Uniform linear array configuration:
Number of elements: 12
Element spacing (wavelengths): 0.5
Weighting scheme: blackman
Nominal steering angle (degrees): -60
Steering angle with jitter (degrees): -58.686
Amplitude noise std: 0.05
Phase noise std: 0.05

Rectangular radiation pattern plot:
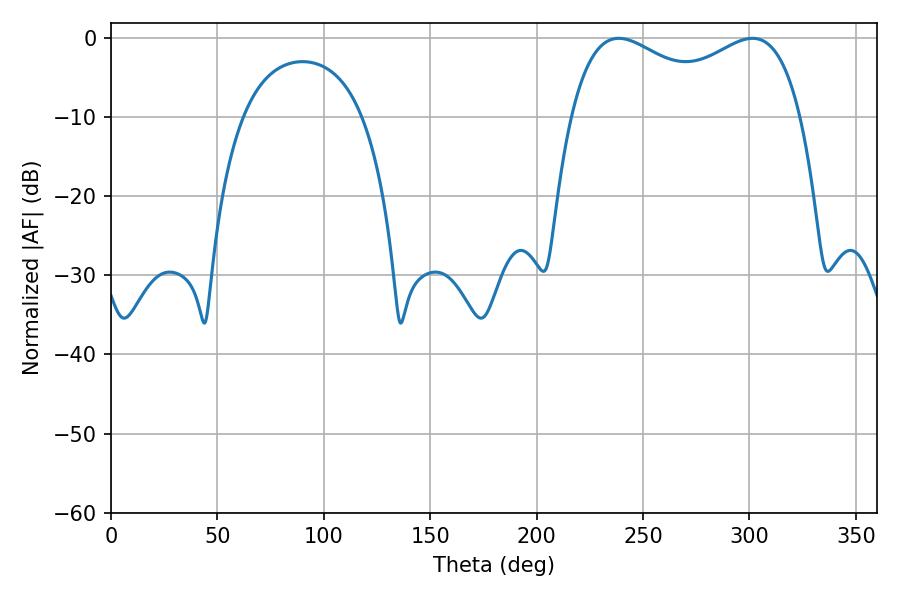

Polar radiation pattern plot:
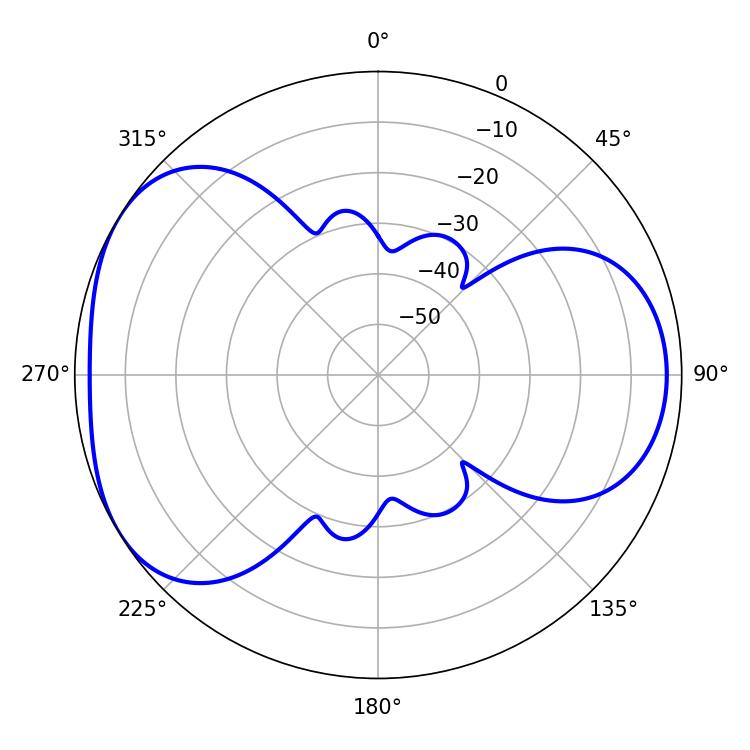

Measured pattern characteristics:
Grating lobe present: FALSE
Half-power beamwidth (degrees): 90
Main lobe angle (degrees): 238.5